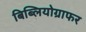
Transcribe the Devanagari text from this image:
बिब्लियोग्राफर